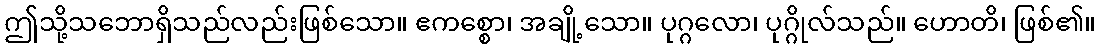
ဤသို့သဘောရှိသည်လည်းဖြစ်သော။ ဧကစ္စော၊ အချို့သော။ ပုဂ္ဂလော၊ ပုဂ္ဂိုလ်သည်။ ဟောတိ၊ ဖြစ်၏။